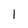
Character: 1